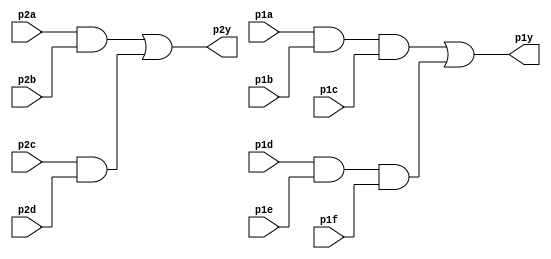
module top_module ( 
    //designing a  7458  chip
    input p1a, p1b, p1c, p1d, p1e, p1f,
    output p1y,
    input p2a, p2b, p2c, p2d,
    output p2y );	
    wire a,b,c,d;
    assign a = p1a && p1b && p1c;
    assign b = p1d && p1e && p1f;
    assign c = p2a && p2b;
    assign d = p2c && p2d;   
    assign p1y = a || b;
    assign p2y = c || d;
    

endmodule